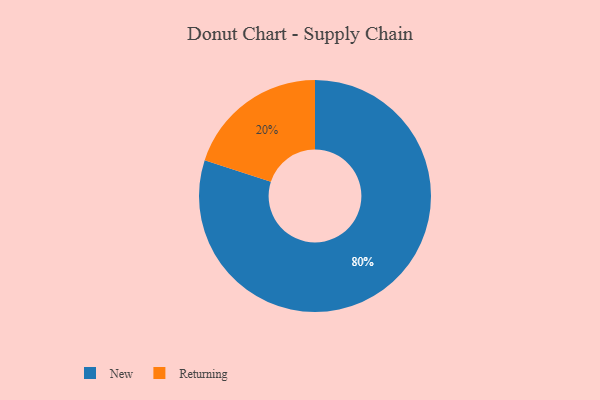
{"axis": {"x": "Category", "y": "Percentage"}, "legend": ["New", "Returning"], "data": [{"x": "Returning", "y": 20, "type": "Returning"}, {"x": "New", "y": 80, "type": "New"}]}